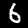
Label: 6